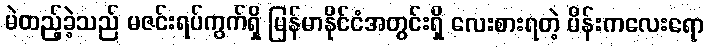
မဲထည့်ခဲ့သည် မဇင်းရပ်ကွက်ရှိ မြန်မာနိုင်ငံအတွင်းရှိ လေးစားရတဲ့ မိန်းကလေးရော